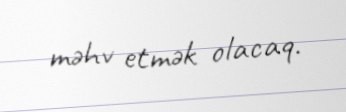
məhv etmək olacaq.